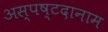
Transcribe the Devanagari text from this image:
अस्पष्टदानाम